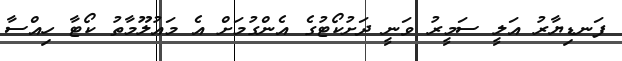
ފަނޑިޔާރު އަލީ ސަމީރު ވަނީ ދަށުކޯޓުގެ އެންގުމަށް އެ މައުލޫމާތު ކޯޓާ ހިއްސާ